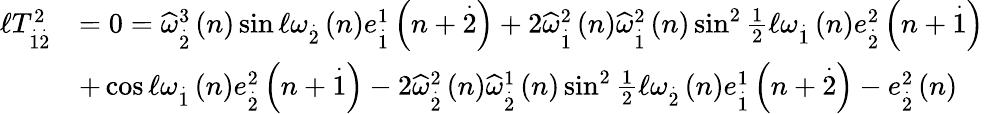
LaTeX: \begin{array}{rl}{\mathcal{\ell}T_{\overset{.}{1}\overset{.}{2}}^{2}}&{=0=\widehat{\omega}_{\overset{.}{2}}^{3}\left(n\right)\sin\mathcal{\ell}\omega_{\overset{.}{2}}\left(n\right)e_{\overset{.}{1}}^{1}\left(n+\overset{.}{2}\right)+2\widehat{\omega}_{\overset{.}{1}}^{2}\left(n\right)\widehat{\omega}_{\overset{.}{1}}^{2}\left(n\right)\sin^{2}\frac{1}{2}\mathcal{\ell}\omega_{\overset{.}{1}}\left(n\right)e_{\overset{.}{2}}^{2}\left(n+\overset{.}{1}\right)}\\ &{+\cos\mathcal{\ell}\omega_{\overset{.}{1}}\left(n\right)e_{\overset{.}{2}}^{2}\left(n+\overset{.}{1}\right)-2\widehat{\omega}_{\overset{.}{2}}^{2}\left(n\right)\widehat{\omega}_{\overset{.}{2}}^{1}\left(n\right)\sin^{2}\frac{1}{2}\mathcal{\ell}\omega_{\overset{.}{2}}\left(n\right)e_{\overset{.}{1}}^{1}\left(n+\overset{.}{2}\right)-e_{\overset{.}{2}}^{2}\left(n\right)}\end{array}